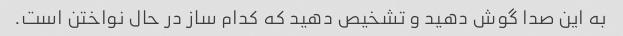
به این صدا گوش دهید و تشخیص دهید که کدام ساز در حال نواختن است.